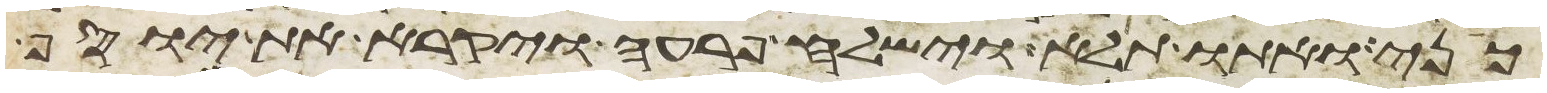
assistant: כני ואתו תלא וישלח פרעה ויקרא את יוסף